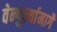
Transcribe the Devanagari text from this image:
वेन्गुर्ल्यामार्गे